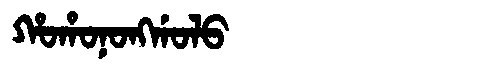
Manchu: ᡥᠣᡥᠣᠨᠣᠩᡤᠣᠯᠣ
Romanization: HOHONONGGOLO